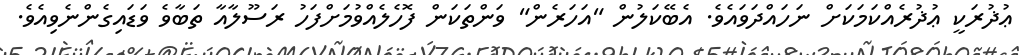
ޢުޛުރަކީ ޢުޛުރެއްކަމަކަށް ނަހައްދަވައެވެ. އެބޭކަލުން "އަހަރެން" ވަންތަކަން ފޮހެލެއްވުމަށްފަހު ރަސޫލާއާ ތަބާވެ ވަޑައިގެންނެވިއެވެ.